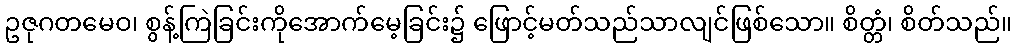
ဥဇုဂတမေဝ၊ စွန့်ကြဲခြင်းကိုအောက်မေ့ခြင်း၌ ဖြောင့်မတ်သည်သာလျင်ဖြစ်သော။ စိတ္တံ၊ စိတ်သည်။